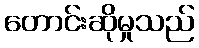
တောင်းဆိုမှုသည်